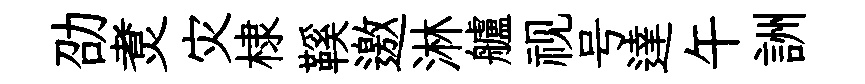
劭煑灾棣鞵邀淋艫视号達午詶